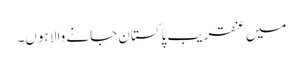
میں عنقریب پاکستان جانے والا ہوں۔